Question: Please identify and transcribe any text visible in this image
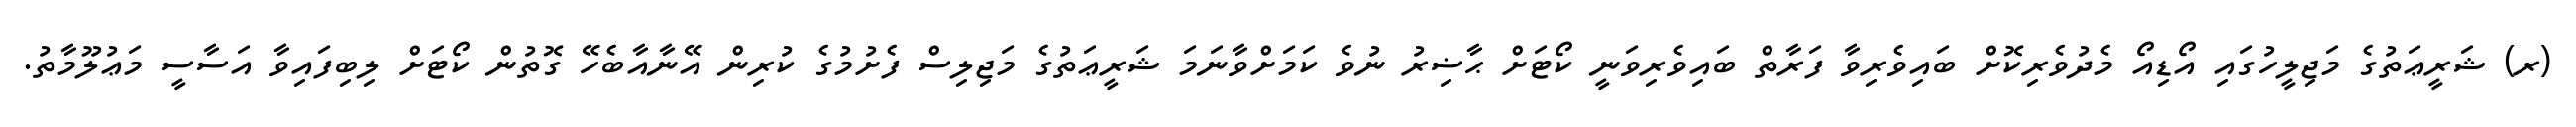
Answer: (ރ) ޝަރީޢަތުގެ މަޖިލީހުގައި އޯޑިއޯ މެދުވެރިކޮށް ބައިވެރިވާ ފަރާތް ބައިވެރިވަނީ ކޯޓަށް ޙާޟިރު ނުވެ ކަމަށްވާނަމަ ޝަރީޢަތުގެ މަޖިލިސް ފެށުމުގެ ކުރިން އޭނާއާބެހޭ ގޮތުން ކޯޓަށް ލިބިފައިވާ އަސާސީ މަޢުލޫމާތު.